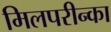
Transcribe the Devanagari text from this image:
मिलपरीन्का